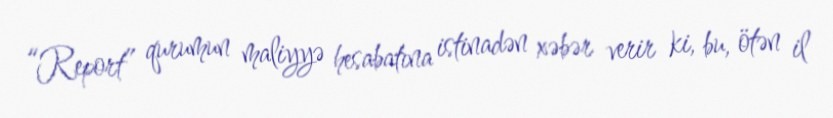
“Report” qurumun maliyyə hesabatına istinadən xəbər verir ki, bu, ötən il